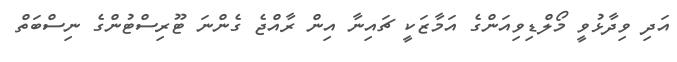
އަދި ވިދާޅުވީ މޯލްޑިވިއަންގެ އަމާޒަކީ ޗައިނާ އިން ރާއްޖެ ގެންނަ ޓޫރިސްޓުންގެ ނިސްބަތް